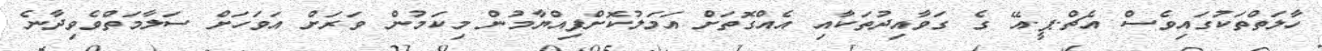
ހާލަތްތަކުގައިވެސް އެޗް.ޕީ.އޭ ގެ ގަވާއިދުތަކާއި އެއްގޮތަށް އަމަލުކޮށްފިއްޔާމުން މިކަމުން ވަރަށް އަވަހަށް ސަލާމަތްވެވިދާނެ